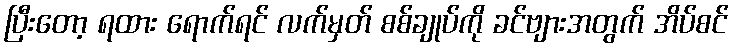
ပြီးတော့ ရထား ရောက်ရင် လက်မှတ် စစ်ချုပ်ကို ခင်ဗျားအတွက် အိပ်စင်